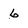
Character: 6